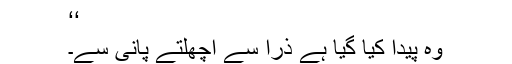
‘‘
وہ پیدا کیا گیا ہے ذرا سے اچھلتے پانی سے۔